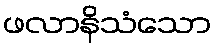
ဖလာနိသံသော